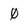
Character: 0